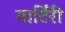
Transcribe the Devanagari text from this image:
मार्टिरी